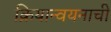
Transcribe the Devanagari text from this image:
क्रियान्वयनाची